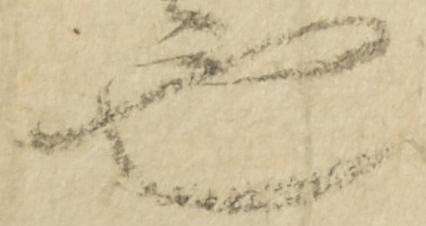
也